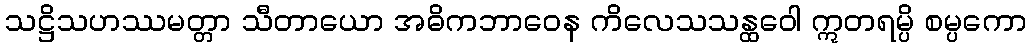
သဋ္ဌိသဟဿမတ္တာ သီတာယော အဓိကဘာဝေန ကိလေသသန္ထဝေါ ဣတရမ္ပိ စမ္ပကော